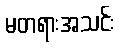
မတရားအသင်း